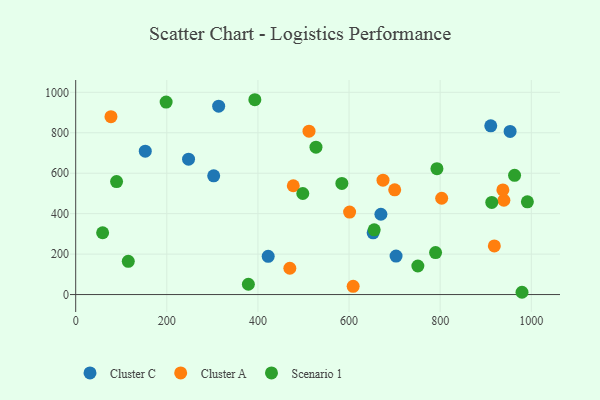
{"axis": {"x": "Speed", "y": "Sales"}, "legend": ["Cluster A", "Cluster C", "Scenario 1"], "data": [{"x": "669.9", "y": 397.1, "type": "Cluster C"}, {"x": "152.7", "y": 709.2, "type": "Cluster C"}, {"x": "247.7", "y": 669.6, "type": "Cluster C"}, {"x": "422.5", "y": 189.2, "type": "Cluster C"}, {"x": "953.5", "y": 806.5, "type": "Cluster C"}, {"x": "911.0", "y": 834.3, "type": "Cluster C"}, {"x": "302.9", "y": 587.3, "type": "Cluster C"}, {"x": "703.2", "y": 190.5, "type": "Cluster C"}, {"x": "313.8", "y": 931.5, "type": "Cluster C"}, {"x": "652.8", "y": 305.4, "type": "Cluster C"}, {"x": "939.8", "y": 466.3, "type": "Cluster A"}, {"x": "512.1", "y": 807.8, "type": "Cluster A"}, {"x": "77.4", "y": 879.7, "type": "Cluster A"}, {"x": "609.0", "y": 40.6, "type": "Cluster A"}, {"x": "918.9", "y": 240.7, "type": "Cluster A"}, {"x": "937.6", "y": 517.2, "type": "Cluster A"}, {"x": "470.0", "y": 130.0, "type": "Cluster A"}, {"x": "477.6", "y": 538.0, "type": "Cluster A"}, {"x": "700.2", "y": 517.9, "type": "Cluster A"}, {"x": "601.2", "y": 407.8, "type": "Cluster A"}, {"x": "803.3", "y": 476.3, "type": "Cluster A"}, {"x": "674.5", "y": 565.5, "type": "Cluster A"}, {"x": "115.4", "y": 164.4, "type": "Scenario 1"}, {"x": "792.9", "y": 622.4, "type": "Scenario 1"}, {"x": "379.0", "y": 50.9, "type": "Scenario 1"}, {"x": "584.2", "y": 549.5, "type": "Scenario 1"}, {"x": "963.3", "y": 589.7, "type": "Scenario 1"}, {"x": "655.2", "y": 320.0, "type": "Scenario 1"}, {"x": "198.5", "y": 951.8, "type": "Scenario 1"}, {"x": "59.1", "y": 305.7, "type": "Scenario 1"}, {"x": "527.4", "y": 728.8, "type": "Scenario 1"}, {"x": "89.7", "y": 558.9, "type": "Scenario 1"}, {"x": "913.2", "y": 455.5, "type": "Scenario 1"}, {"x": "751.0", "y": 141.2, "type": "Scenario 1"}, {"x": "393.2", "y": 963.4, "type": "Scenario 1"}, {"x": "991.4", "y": 458.3, "type": "Scenario 1"}, {"x": "979.6", "y": 11.3, "type": "Scenario 1"}, {"x": "789.9", "y": 207.6, "type": "Scenario 1"}, {"x": "498.5", "y": 499.6, "type": "Scenario 1"}]}